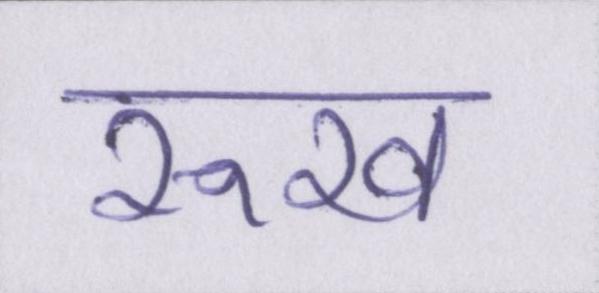
रूख